Civil Veterinary Dept. Bombay admin report 1893-99 - 1893-1899
Year: 1893
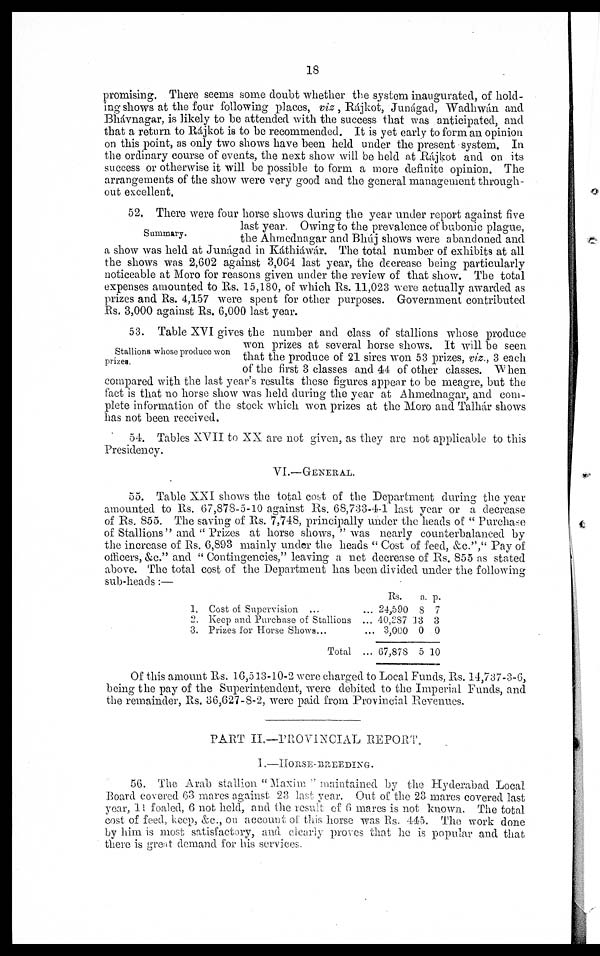
18
promising. There seems some doubt whether the system inaugurated, of hold-
ing shows at the four following places, viz, Rájkot, Junágad, Wadhwán and
Bhávnagar, is likely to be attended with the success that was anticipated, and
that a return to Rájkot is to be recommended. It is yet early to form an opinion
on this point, as only two shows have been held under the present system. In
the ordinary course of events, the next show will be held at Rájkot and on its
success or otherwise it will be possible to form a more definite opinion. The
arrangements of the show were very good and the general management through-
out excellent.
Summary.
52. There were four horse shows during the year under report against five
last year. Owing to the prevalence of bubonic plague,
the Ahmednagar and Bhúj shows were abandoned and
a show was held at Junágad in Káthiáwár. The total number of exhibits at all
the shows was 2,602 against 3,064 last year, the decrease being particularly
noticeable at Moro for reasons given under the review of that show. The total
expenses amounted to Rs. 15,180, of which Rs. 11,023 were actually awarded as
prizes and Rs. 4,157 were spent for other purposes. Government contributed
Rs. 3,000 against Rs. 6,000 last year.
Stallions whose produce won
prizes.
53. Table XVI gives the number and class of stallions whose produce
won prizes at several horse shows. It will be seen
that the produce of 21 sires won 53 prizes, viz., 3 each
of the first 3 classes and 44 of other classes. When
compared with the last year's results these figures appear to be meagre, but the
fact is that no horse show was held during the year at Ahmednagar, and com-
plete information of the stock which won prizes at the Moro and Talhár shows
has not been received.
54. Tables XVII to XX are not given, as they are not applicable to this
Presidency.
VI.—GENERAL.
55. Table XXI shows the total cost of the Department during the year
amounted to Rs. 67,878-5-10 against Rs. 68,733-4-1 last year or a decrease
of Rs. 855. The saving of Rs. 7,748, principally under the heads of " Purchase
of Stallions " and " Prizes at horse shows, " was nearly counterbalanced by
the increase of Rs. 6,893 mainly under the heads " Cost of feed, &c.", " Pay of
officers, &c." and "Contingencies," leaving a net decrease of Rs. 855 as stated
above. The total cost of the Department has been divided under the following
sub-heads:—
1.
2
3.
Cost of Supervision...
Keep and Purchase of Stallions...
Prizes for Horse Shows ......
Total...
Rs.
24,590
40,287
3,000
67,878
a.
8
13
0
5
p.
7
3
0
10
Of this amount Rs. 16,513-10-2 were charged to Local Funds, Rs. 14,737-3-6,
being the pay of the Superintendent, were debited to the Imperial Funds, and
the remainder, Rs. 36,627-8-2, were paid from Provincial Revenues.
PART II.—PROVINCIAL REPORT.
1 .—HORSE-BREEDING.
56. The Arab stallion " Maxim " maintained by the Hyderabad Local
Board covered 63 mares against 23 last year. Out of the 23 mares covered last
year, 14 foaled, 6 not held, and the result of 6 mares is not known. The total
cost of feed, keep, &c., on account of this horse was Rs. 445. The work done
by him is most satisfactory, and clearly proves that he is popular and that
there is great demand for his services.